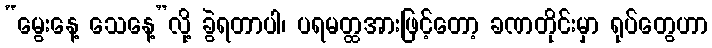
“မွေးနေ့ သေနေ့”လို့ ခွဲရတာပါ၊ ပရမတ္ထအားဖြင့်တော့ ခဏတိုင်းမှာ ရုပ်တွေဟာ